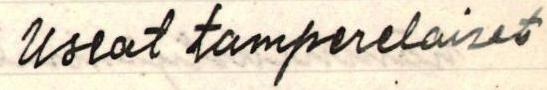
useat tamperelaiset